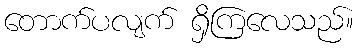
တောက်ပလျက် ရှိကြလေသည်။